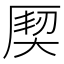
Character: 𭆌